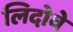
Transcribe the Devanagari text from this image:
लिदोवे